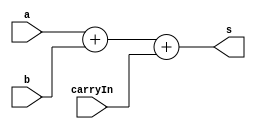
// -------------------------
// Exemplo0021 - FULL ADDER 
// Nome: Guilherme Rodrigues Melo de Oliveira
// ------------------------- 
// ------------------------- 
// full adder 
// ------------------------- 
module fullAdder (output[5:0] s,
input [5:0] a, 
input[5:0] b, 
input [0:0]carryIn); 
// descrever por portas        CADE A DESCRICAO POR PORTA ??? ! ! !
assign s = (a + b + carryIn);
endmodule // fullAdder 
module test_fullAdder; 
// ------------------------- definir dados 
reg [5:0] x; 
reg [5:0] y; 
reg carry; 
wire [5:0] soma; 

fullAdder modulo (soma,x,y,carry);
// ------------------------- parte principal 
initial begin 
$display("Exemplo0021 - Guilherme Rodrigues Melo de Oliveira - 427409"); 
$display("Test ALU's full adder");

x = 6'b010000; y = 6'b011011;carry = 1;

$display("%b + %b + %b  = %b ",x,y,carry,soma);  
 
end 
endmodule // test_fullAdder